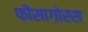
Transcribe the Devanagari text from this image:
फ़ीसाग़ोरस